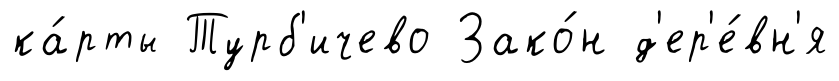
ка́рты Турб'ичево Зако́н д'ер'е́вн'я